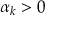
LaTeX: \alpha _ { k } > 0